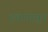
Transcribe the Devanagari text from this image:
इंचांपासून